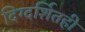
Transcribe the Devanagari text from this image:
दिग्दर्शितही